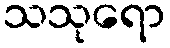
သသုရော